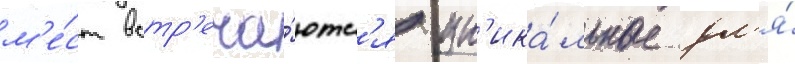
м'е́ст встр'еча́ютс'я ун'ика́льные дл'я́